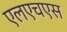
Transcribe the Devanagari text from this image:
एलएचएस